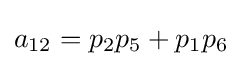
a_{12}=p_{2}p_{5}+p_{1}p_{6}